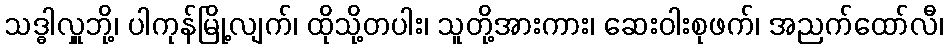
သဒ္ဓါလှူဘို့၊ ပါကုန်မြို့လျက်၊ ထိုသို့တပါး၊ သူတို့အားကား၊ ဆေးဝါးစုဖက်၊ အညက်ထော်လီ၊